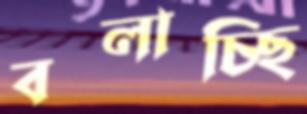
বলাচ্ছি